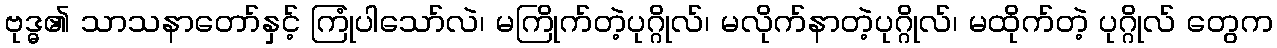
ဗုဒ္ဓ၏ သာသနာတော်နှင့် ကြုံပါသော်လဲ၊ မကြိုက်တဲ့ပုဂ္ဂိုလ်၊ မလိုက်နာတဲ့ပုဂ္ဂိုလ်၊ မထိုက်တဲ့ ပုဂ္ဂိုလ် တွေက